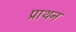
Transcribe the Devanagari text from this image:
प्राथन